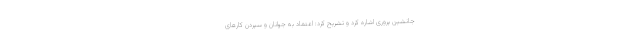
جانشین پروری اشاره کرد و تشریح کرد: اعتماد به جوانان و سپردن کارهای